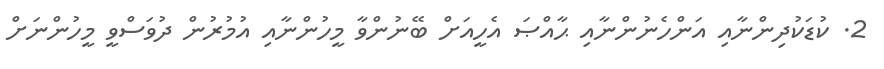
2. ކުޑަކުދިންނާއި އަންހެނުންނާއި ޙާއްޞަ އެހީއަށް ބޭނުންވާ މީހުންނާއި އުމުރުން ދުވަސްވީ މީހުންނަށް